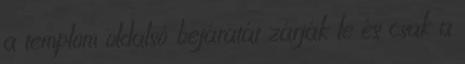
a templom oldalsó bejáratát zárják le és csak a